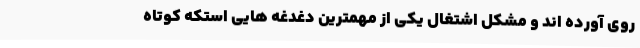
روی آورده اند و مشکل اشتغال یکی از مهمترین دغدغه هایی استکه کوتاه